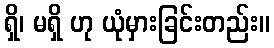
ရှိ၊ မရှိ ဟု ယုံမှားခြင်းတည်း။